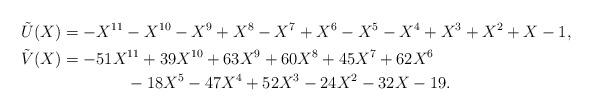
LaTeX: \begin{align*} \tilde U(X) & = -X^{11} - X^{10} - X^9 + X^8 - X^7 + X^6 - X^5 - X^4 + X^3 + X^2 + X - 1, \\ \tilde V(X) & = -51 X^{11} + 39X^{10} + 63X^9 + 60X^8 + 45X^7 + 62X^6 \\ & \qquad\qquad- 18X^5 - 47X^4 + 52X^3 - 24X^2 - 32X - 19.\end{align*}